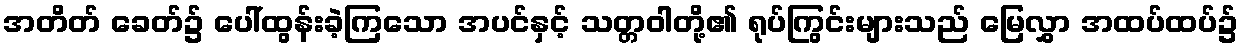
အတိတ် ခေတ်၌ ပေါ်ထွန်းခဲ့ကြသော အပင်နှင့် သတ္တဝါတို့၏ ရုပ်ကြွင်းများသည် မြေလွှာ အထပ်ထပ်၌